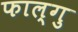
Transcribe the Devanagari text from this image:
फाल्गु